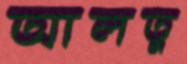
আলতু